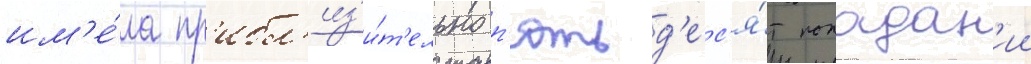
им'е́ла пр'ибл'из'и́т'ельно п'ятьд'ес'я́т попадан'ии